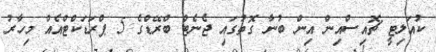
ކުއަލިޓީ ޗޮއިސްއިން އިން ބުނާ ގޮތުގައި ޖެނެޓް ބްރޭޑްގެ 5 ޕްރަޑަކްޓްއެއް މިހާރު